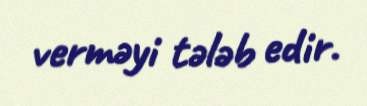
verməyi tələb edir.